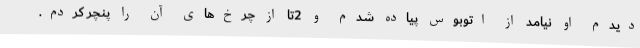
دیدم او نیامد از اتوبوس پیاده شدم و 2تا از چرخ‌های آن را پنچر کردم.